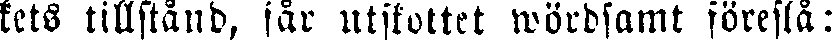
kets tillstånd, får utskottet wördsamt föreslå: